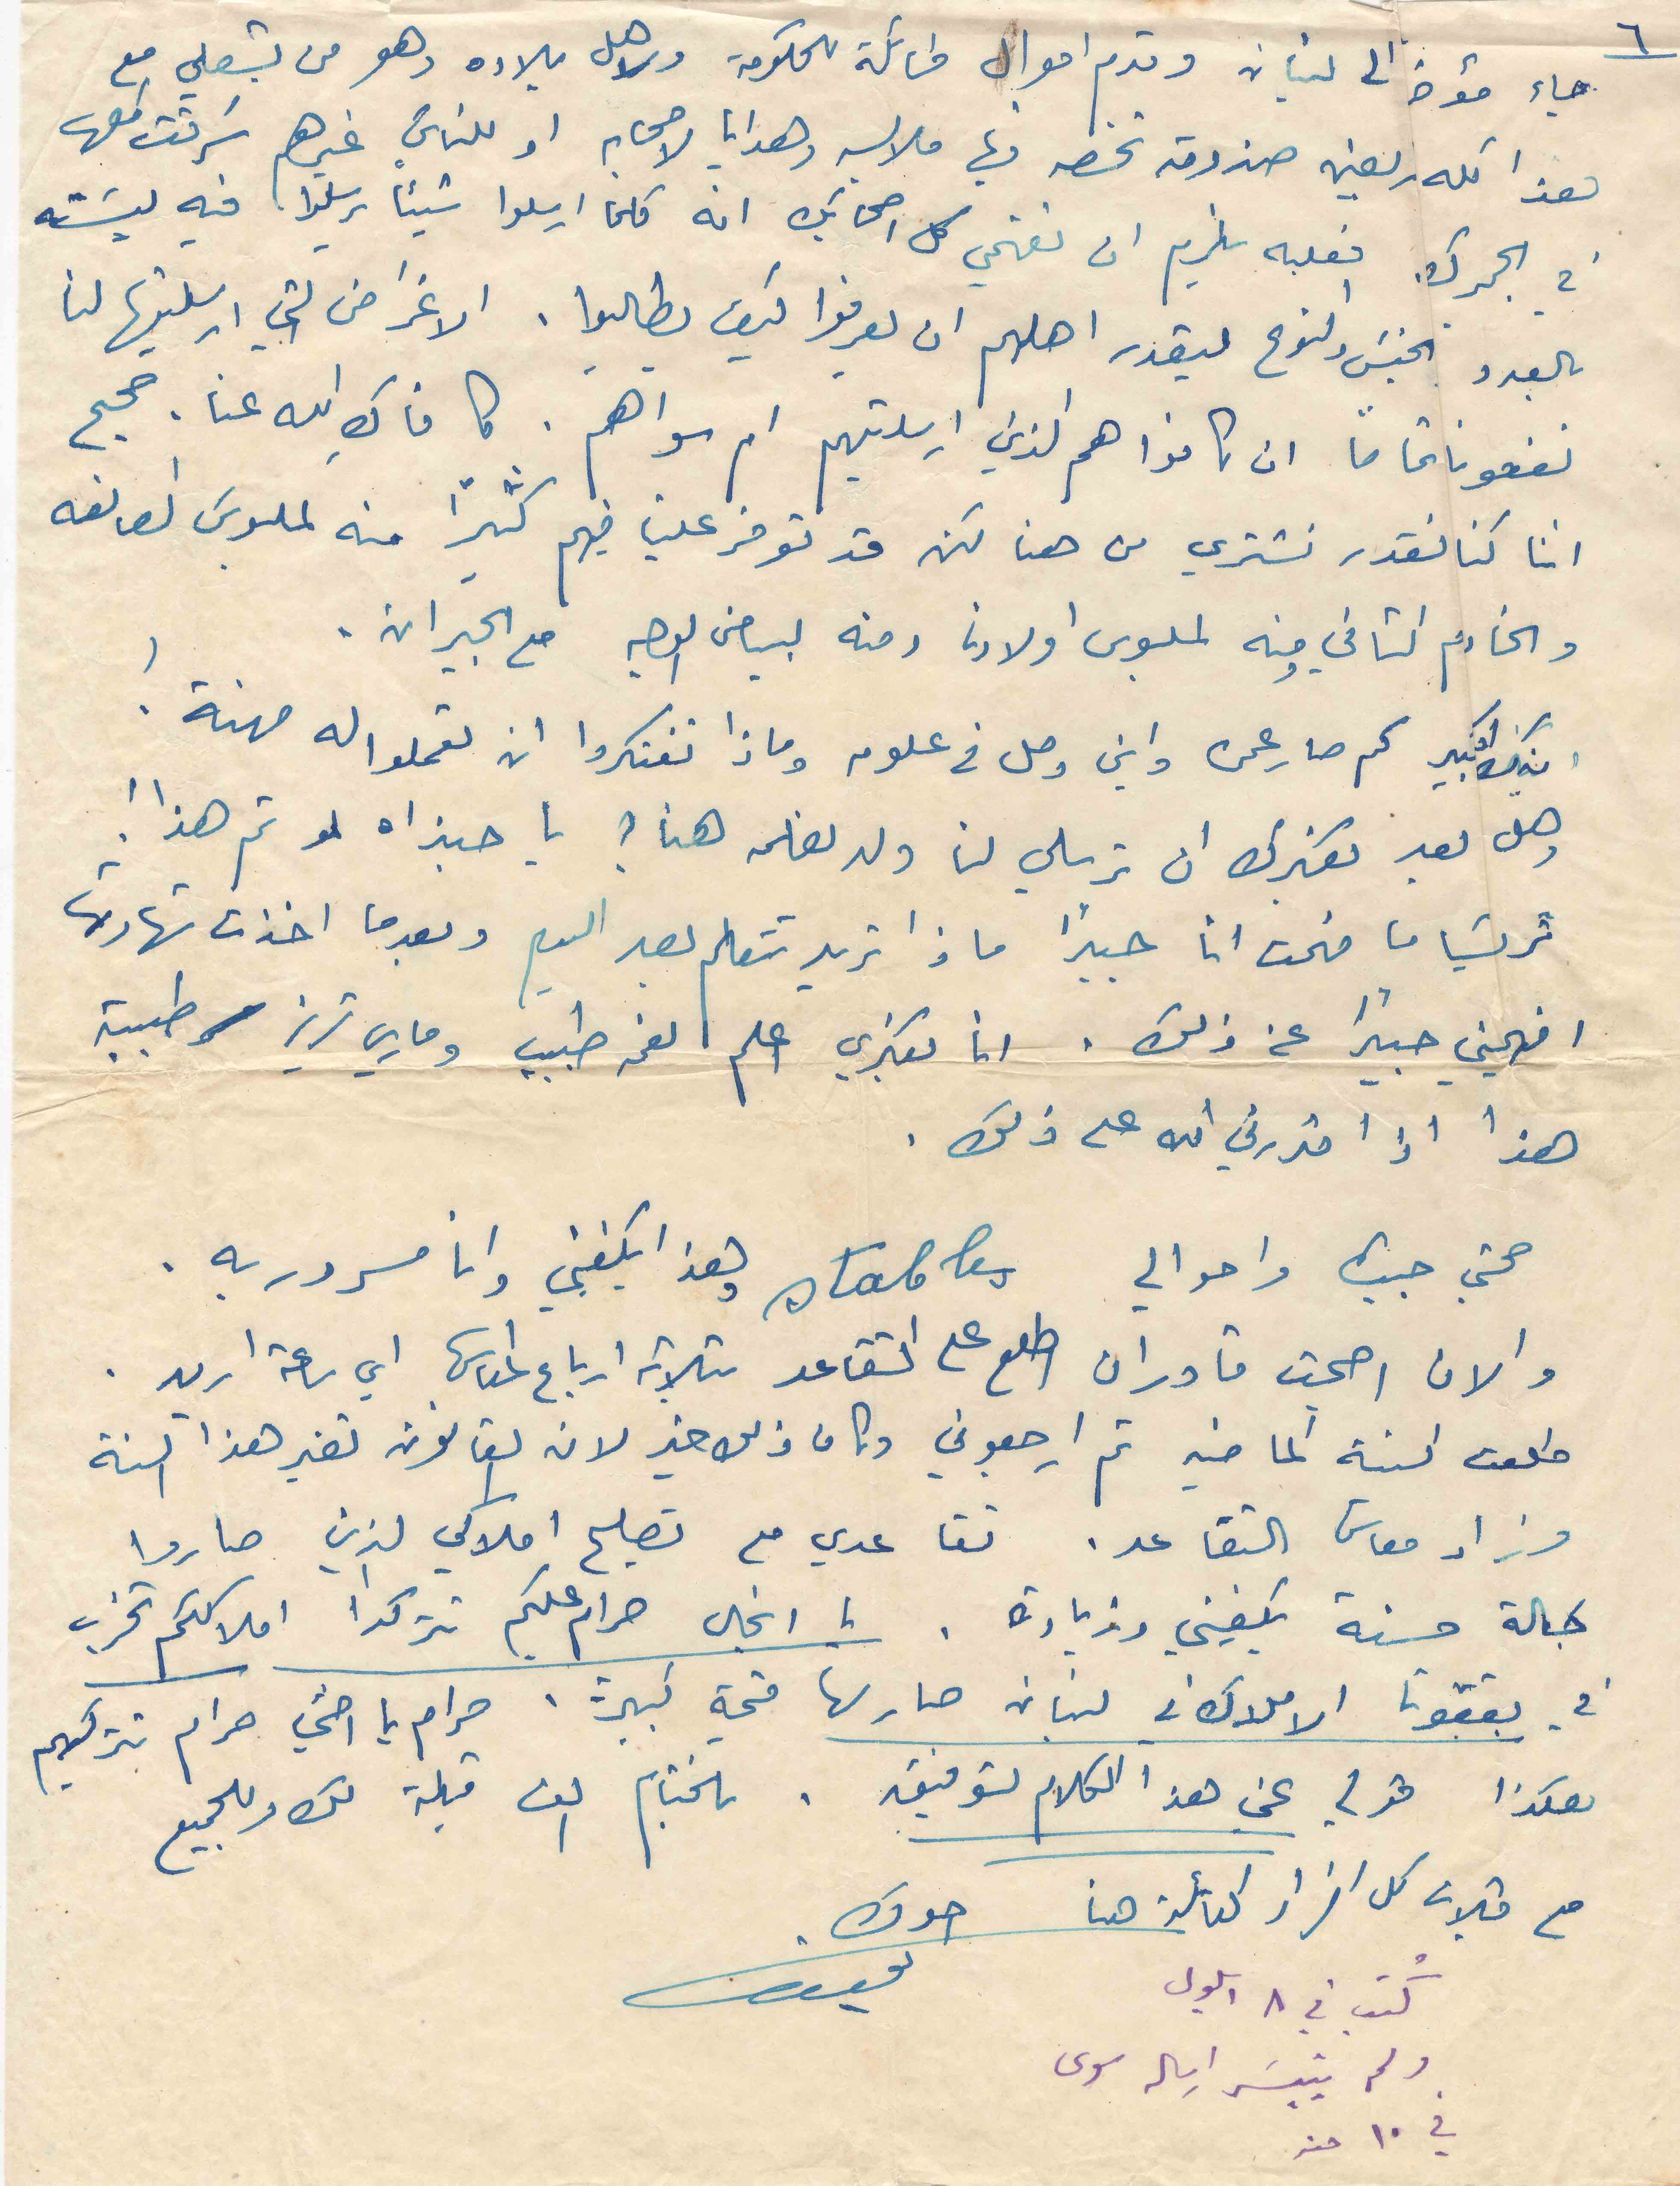
٦
جاء مؤخرا الى لبنان وقدم اموال طائلة للحكومة ولاجل بلاده وهو من بشعلي مع
هذا كله ريعن صندوقه تخصه فيها ملابسه وهدايا لأصحابه او للناس غيرهم سرقت كلها
في الجمرك فعليه يلزم ان تفهمي كل اصحابك انه كلما ارسلوا شيئا يرسلوا فيه ليسته
بالعدد الجنس والنوع ليقدر اهلهم ان يعرفوا كيف يطالبوا . الاغراض التي ارسلتيها لنا
نفعونا تماما ان كانوا هم الذين ارسلتيهم ام سواهم . كافاكِ الله عنا. صحيح
اننا كنا نقدر نشتري من هنا لكن قد توفر علينا فيهم كثيراً منه لملبوس الصانعه
والخادم الثاني ومنه لملبوس اولادنا ومنه لبياض الوجه مع الجيران.
ابنك الكبير كم صار عمره واين وصل في علومه وماذا تفتكروا ان تعملوا له مهنة!
وهل بعد بفكرك ان ترسلي لنا ولد نعلمه هنا ؟ يا حبذاه لو تم هذا !
تريسا ما فهمت انا جيداً ماذا تريد تتعلم بعد اليوم وبعدما اخدت شهادتها
افهميني جيداً عن ذلك . أنا بفكري اعلم نعمه طبيب وماري تريز طبيبة
هذا اذا قدرني الله على ذلك .
صحتي جيدة واحوالي stables وهذا يكفيني وانا مسرور به.
والان اصبحت قادر ان اطلع على التقاعد بثلاثة ارباع المعاش اي ساعة اريد .
طلعت السنة الماضية ثم ارجعوني وكان ذلك خير لان القانون تغير هذا السنة
وزاد معاش التقاعد. تقاعدي مع تصليح املاكي الذين صاروا
بحالة حسنة يكفيني وزيادة . يا انجال حرام عليكم تتركوا املاككم تخرب
في بقعتوتا الاملاك في لبنان صار لها قيمة كبيرة. حرام يا اختي حرام تتركيهم
هكذا قولي عني هذا الكلام لتوفيق . بالختام الف قبلة لك وللجميع
مع قبلات كل افراد العائلة هنا         اخوك
كتب في ٨ ايلول
ولم يتيسَر ارساله سوى
في ١٠ منه